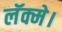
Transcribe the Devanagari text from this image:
लॅक्मे।